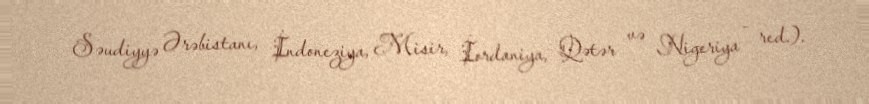
Səudiyyə Ərəbistanı, İndoneziya, Misir, İordaniya, Qətər və Nigeriya - red.).